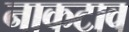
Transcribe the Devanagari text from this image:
नाकटाव